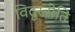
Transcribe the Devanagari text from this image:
विदूरनीति